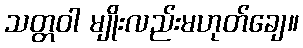
သတ္တဝါ မျိုးလည်းမဟုတ်ချေ။